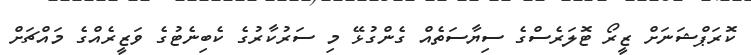
ކޮރަޕްޝަނަށް ޒީރޯ ޓޮލަރެސްގެ ސިޔާސަތެއް ގެންގުޅޭ މި ސަރުކާރުގެ ކެބިނެޓުގެ ވަޒީރެއްގެ މައްޗަށް